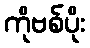
ကိုဗစ်ပိုး